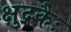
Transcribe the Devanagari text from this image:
क्षुद्रकैः